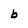
Character: b